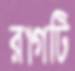
রাগটি